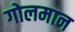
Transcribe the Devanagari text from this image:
गोलमान